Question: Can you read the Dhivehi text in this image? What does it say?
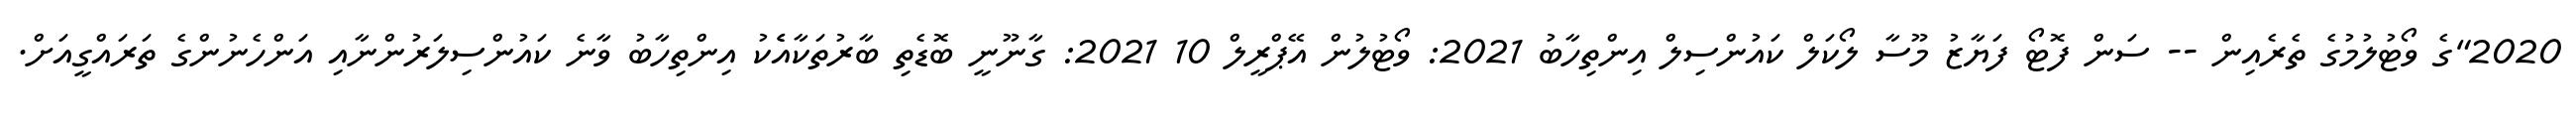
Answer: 2020"ގެ ވޯޓުލުމުގެ ތެރެއިން -- ސަން ފޮޓޯ ފަޔާޒު މޫސާ ލޯކަލް ކައުންސިލް އިންތިހާބު 2021: ވޯޓުލުން އޭޕްރީލް 10 2021: ގާނޫނީ ބޮޑެތި ބާރުތަކާއެެކު އިންތިހާބު ވާނެ ކައުންސިލަރުންނާއި އަންހެނުންގެ ތަރައްގީއަށް.